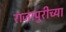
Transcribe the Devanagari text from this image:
राजापुरीच्या